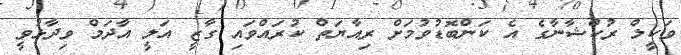
ވަކީލް ރުކްޝާނާގެ އެ ކަންބޮޑުވުމަށް ރިއާޔަތް ކުރައްވައި ގާޒީ އަލީ އާދަމް ވިދާޅުވީ